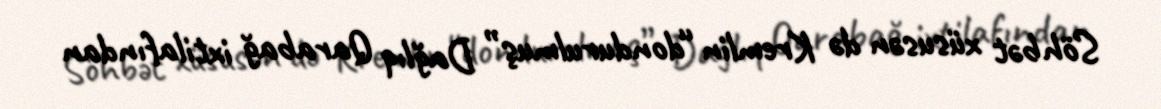
Söhbət xüsusən də Kremlin “dondurulmuş” Dağlıq Qarabağ ixtilafından